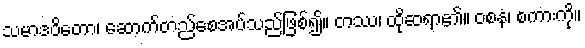
သမာဒဝိတော၊ ဆောက်တည်စေအပ်သည်ဖြစ်၍။ တဿ၊ ထိုဆရာ၏။ ဝစနံ၊ စကားကို။